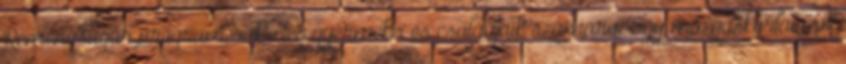
Reménysugár program rákbeteg gyermekei és családjaik számára. Egy mozgáskorlátozott